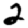
Digit: 2